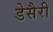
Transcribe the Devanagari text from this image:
डेसैरी